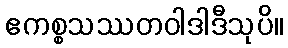
ဧကစ္စသဿတဝါဒါဒီသုပိ။